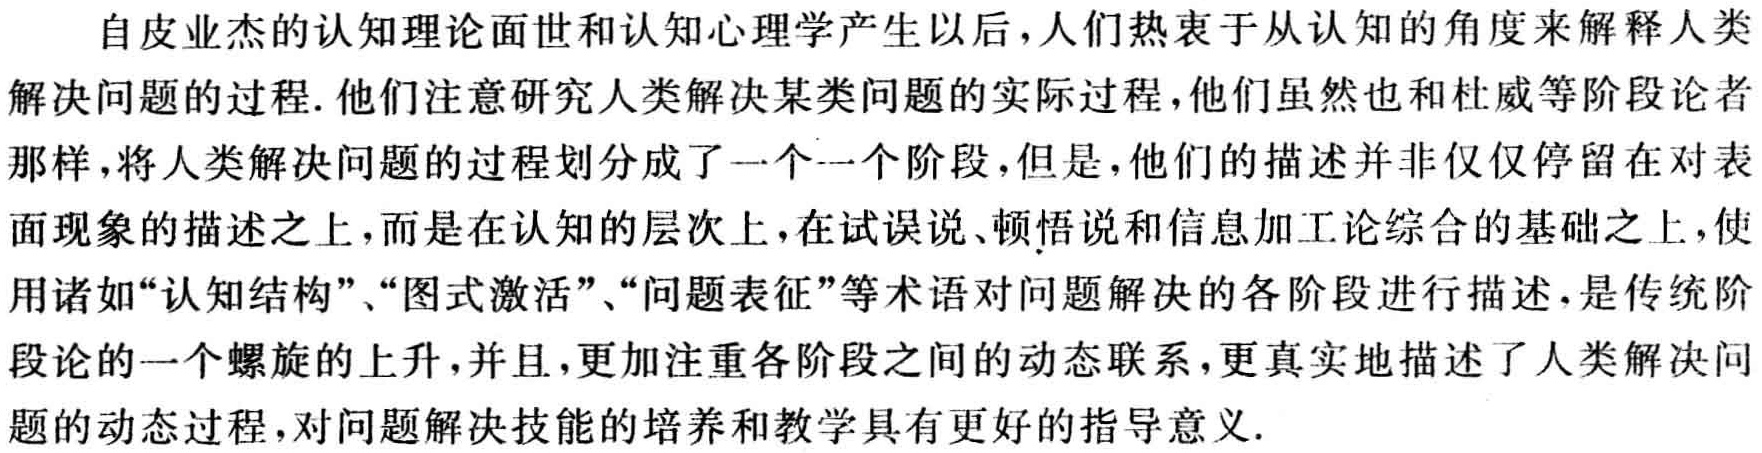
自皮业杰的认知理论面世和认知心理学产生以后，人们热衷于从认知的角度来解释人类解决问题的过程. 他们注意研究人类解决某类问题的实际过程，他们虽然也和杜威等阶段论者那样，将人类解决问题的过程划分成了一个一个阶段，但是，他们的描述并非仅仅停留在对表面现象的描述之上，而是在认知的层次上，在试误说、顿悟说和信息加工论综合的基础之上，使用诸如“认知结构”、“图式激活”、“问题表征”等术语对问题解决的各阶段进行描述，是传统阶段论的一个螺旋的上升，并且，更加注重各阶段之间的动态联系，更真实地描述了人类解决问题的动态过程，对问题解决技能的培养和教学具有更好的指导意义.